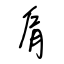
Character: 肩